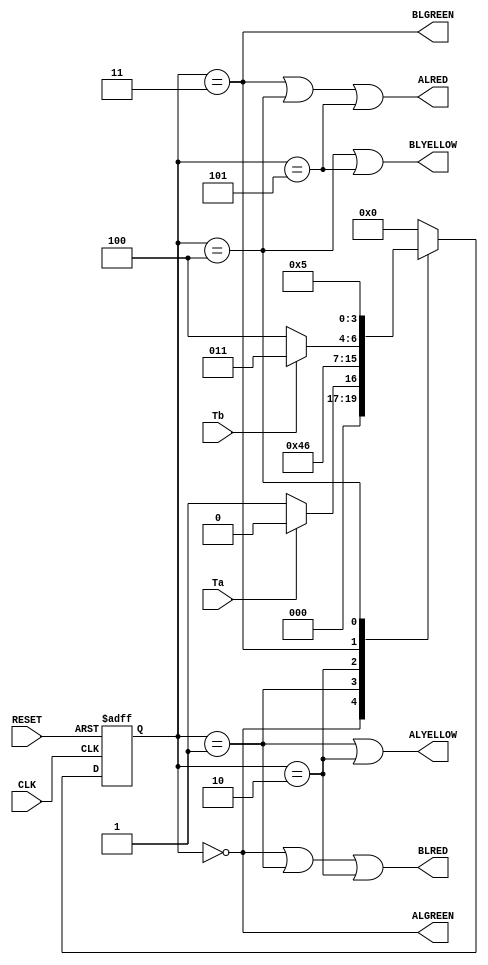
module tlc(ALRED, ALYELLOW, ALGREEN, BLRED, BLYELLOW, BLGREEN, Ta, Tb, RESET, CLK);
	parameter 
		width = 4,
		S0 = 3'b000,
		S1 = 3'b001,
		S2 = 3'b010,
		S3 = 3'b011,
		S4 = 3'b100,
		S5 = 3'b101;
	input Ta, Tb, RESET, CLK;
	output ALRED, ALYELLOW, ALGREEN, BLRED, BLYELLOW, BLGREEN; 
	reg [width - 1:0]state, nextstate;

	always @(posedge CLK, posedge RESET)
	begin
	if(RESET)
		state <= S0;
	else
		state <= nextstate;
	end
	
	//Next state logic:
	always @(state, Ta, Tb)
	case(state)
	S0:
		if(Ta == 1)
			nextstate <= S0;
		else
			nextstate <= S1;
	S1:
		nextstate <= S2;
	S2:
		nextstate <= S3;
	S3:
		if(Tb == 1)
			nextstate <= S3;
		else
			nextstate <= S4;
	S4:
		nextstate <= S5;
	S5:
		nextstate <= S0;
	default: nextstate <= S0;
	endcase

	//Output Logic:
	assign ALRED = (state == S3 || state == S4 || state == S5);
	assign ALYELLOW = (state == S1 || state == S2); 
	assign ALGREEN = (state ==  S0);
	assign BLRED = (state == S0 || state == S1 || state == S2);
	assign BLYELLOW = (state == S4 || state == S5);
	assign BLGREEN = (state == S3);

endmodule